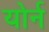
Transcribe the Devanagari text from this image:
योर्न